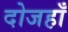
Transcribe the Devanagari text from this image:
दोजहाँ